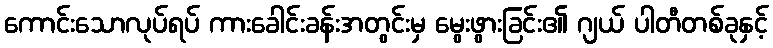
ကောင်းသောလုပ်ရပ် ကားခေါင်းခန်းအတွင်းမှ မွေးဖွားခြင်း၏ ဂျယ် ပါတီတစ်ခုနှင့်